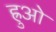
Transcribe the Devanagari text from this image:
ह्रुओ